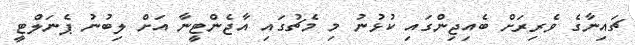
ޗައިނާގެ ވެރިރަށް ބެއިޖިންގައި ކުޅުނު މި މެޗުގައި އާޖެންޓީނާ އަށް ލިބުނު ޕެނަލްޓީ